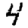
Digit: 4